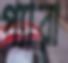
প্যারা